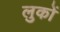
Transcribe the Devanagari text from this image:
लुकों